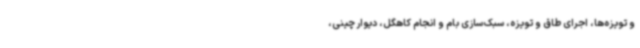
و تویزه‌ها، اجرای طاق و تویزه، سبک‌سازی بام و انجام کاهگل، دیوار چینی،